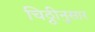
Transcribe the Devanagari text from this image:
चिठ्ठीनुसार